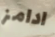
ادامز